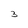
Character: 3